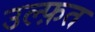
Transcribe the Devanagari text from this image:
उल्फ़त